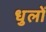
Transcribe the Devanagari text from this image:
धुलों